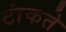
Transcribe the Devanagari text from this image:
टांकते